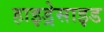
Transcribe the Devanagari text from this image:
हाइड्रेसाइड